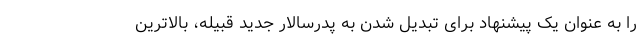
را به عنوان یک پیشنهاد برای تبدیل شدن به پدرسالار جدید قبیله، بالاترین